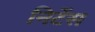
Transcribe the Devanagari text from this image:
निटेंस